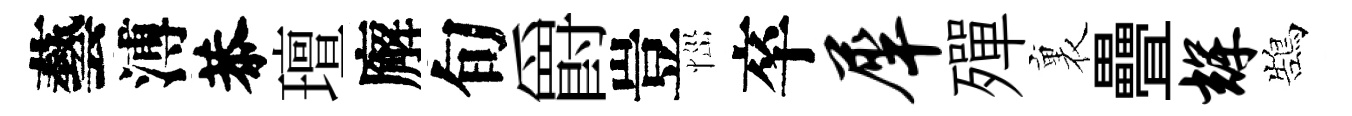
藝溥恭璮廨旬爵豈𢙉卒犀殫裏疊辉鵠